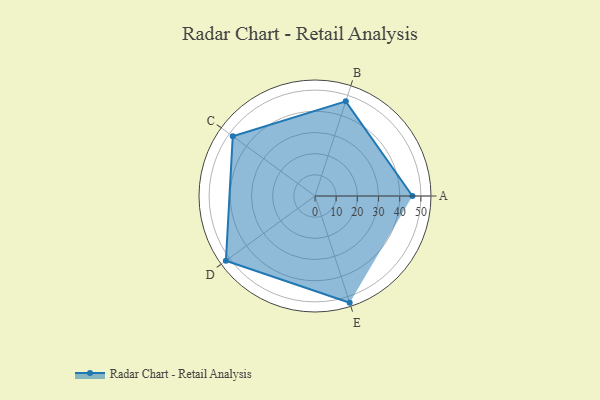
{"axis": {"x": "Skill", "y": "Score"}, "legend": ["Profile"], "data": [{"x": "A", "y": 46.0, "type": "Profile"}, {"x": "B", "y": 47.0, "type": "Profile"}, {"x": "C", "y": 48.0, "type": "Profile"}, {"x": "D", "y": 52.0, "type": "Profile"}, {"x": "E", "y": 53.0, "type": "Profile"}]}